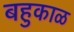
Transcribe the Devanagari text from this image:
बहुकाळ